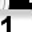
Digit: 1